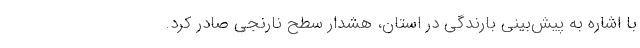
با اشاره به پیش‌بینی بارندگی در استان، هشدار سطح نارنجی صادر کرد.